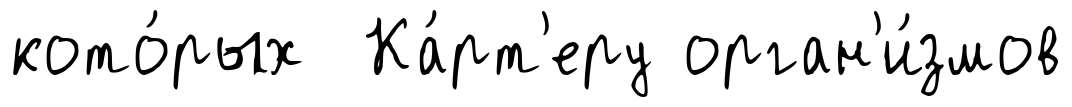
кото́рых Ка́рт'еру орган'и́змов